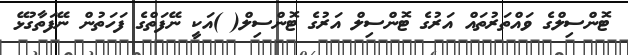
ޓޮންސިލްގެ ވައްތަރުތައް އަރުގެ ޓޮންސިލް އަރުގެ ޓޮންސިލް( )އަކީ ނޭފަތްގެ ފަހަތުން ނޭފަތާގުޅޭ